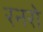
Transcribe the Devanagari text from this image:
रनरो